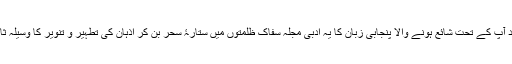
اپنی مدد آپ کے تحت شائع ہونے والا پنجابی زبان کا یہ ادبی مجلہ سفاک ظلمتوں میں ستارۂ سحر بن کر اذہان کی تطہیر و تنویر کا وسیلہ ثابت ہوا۔